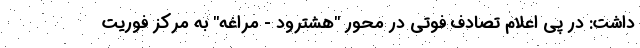
داشت: در پی اعلام تصادف فوتی در محور "هشترود - مراغه" به مرکز فوریت